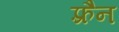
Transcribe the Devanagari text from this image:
फ़्रैन